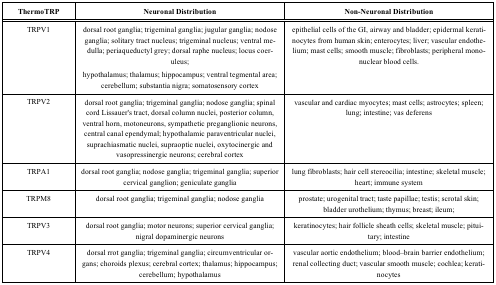
| ThermoTRP | Neuronal Distribution | Non-Neuronal Distribution |
 | --- | --- | --- |
 | TRPV1 | dorsal root ganglia; trigeminal ganglia; jugular ganglia; nodose ganglia; solitary tract nucleus; trigeminal nucleus; ventral medulla; periaqueductyl grey; dorsal raphe nucleus; locus coeruleus;hypothalamus; thalamus; hippocampus; ventral tegmental area; cerebel-lum; substantia nigra; somatosensory cortex | epithelial cells of the GI, airway and bladder; epidermal keratinocytes from human skin; enterocytes; liver; vascular endothelium; mast cells; smooth muscle; fibroblasts; peripheral mononuclear blood cells. |
 | TRPV2 | dorsal root ganglia; trigeminal ganglia; nodose ganglia; spinal cord Lissauer's tract, dorsal column nuclei, posterior column, ventral horn, motoneurons, sympathetic preganglionic neurons, central canal ependymal; hypothalamic paraventricular nuclei, suprachiasmatic nuclei, supraoptic nuclei, oxytocinergic and vasopressinergic neurons; cerebral cortex | vascular and cardiac myocytes; mast cells; astrocytes; spleen; lung; intestine; vas deferens |
 | TRPA1 | dorsal root ganglia; nodose ganglia; trigeminal ganglia; superior cervical ganglion; geniculate ganglia | lung fibroblasts; hair cell stereocilia; intestine; skeletal muscle; heart; immune system |
 | TRPM8 | dorsal root ganglia; trigeminal ganglia; nodose ganglia | prostate; urogenital tract; taste papillae; testis; scrotal skin; bladder urothelium; thymus; breast; ileum; |
 | TRPV3 | dorsal root ganglia; motor neurons; superior cervical ganglia; nigral dopaminergic neurons | keratinocytes; hair follicle sheath cells; skeletal muscle; pituitary; intestine |
 | TRPV4 | dorsal rrot ganglia; trigeminal ganglia; circumventricular organs; choroids plexus; cerebral cortex; thalamus; hippocampus; cerebellum; hypothalamus | vascular aortic endothelium; blood–brain barrier endothelium; renal collecting duct; vascular smooth muscle; cochlea; keratinocytes |